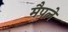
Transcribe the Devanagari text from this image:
मैपले